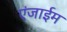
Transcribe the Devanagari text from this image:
एंजाईम